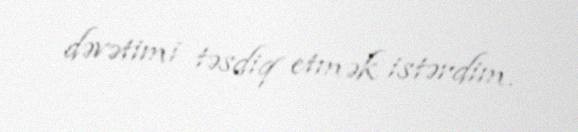
dəvətimi təsdiq etmək istərdim.